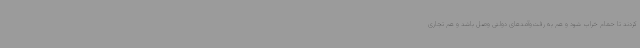
کردند تا حمام خراب شود و هم به رفت‌وآمدهای دولتی وصل باشد و هم تجاری